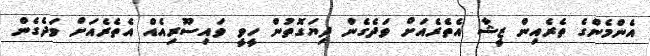
އެންމެންގެ ތެރެއިން ޒީޝާ އެތެރެއަށް ވަދެގެން ދިޔަގޮތުން ހީވީ ވައިސޫރިއެއް އެތެރެއަށް ވަދެގެން